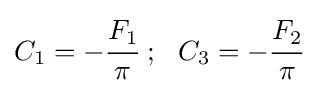
C_{1}=-{\cfrac {F_{1}}{\pi }}~;~~C_{3}=-{\cfrac {F_{2}}{\pi }}~